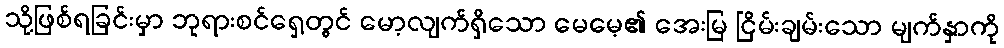
သို့ဖြစ်ရခြင်းမှာ ဘုရားစင်ရှေ့တွင် မော့လျက်ရှိသော မေမေ့၏ အေးမြ ငြိမ်းချမ်းသော မျက်နှာကို